Report on vaccination in Madras 1904-1921 - 1904-1921
Year: 1904
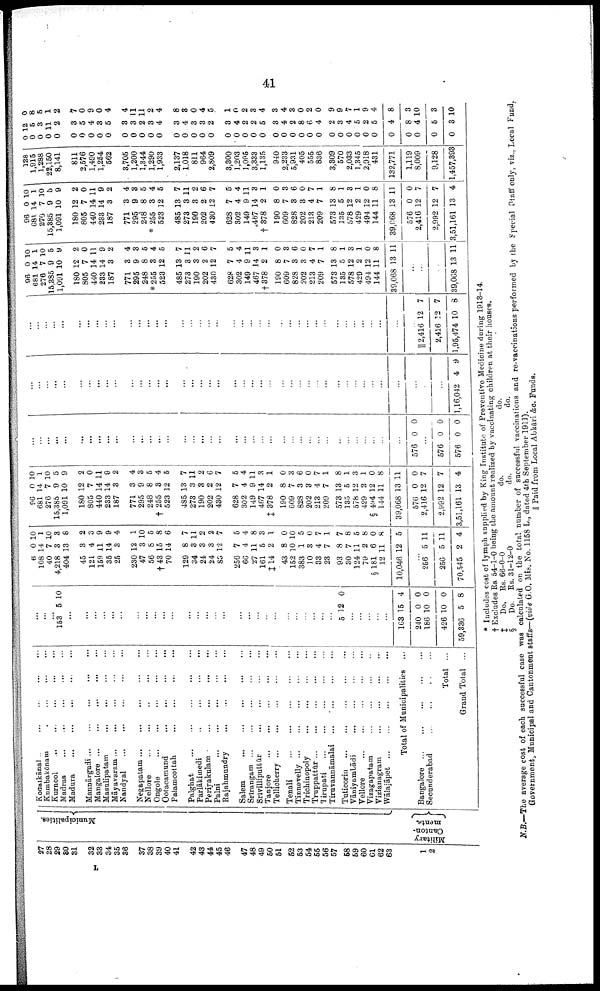
41
27
28
29
30
31
32
33
34
35
36
37
38
39
40
41
42
43
44
45
46
47
48
49
50
51
52
53
54
55
56
57
58
59
60
61
62
63
1
2
Municipalities.
Military
Canton
ments
Kodaikānal ... ... ... ... ...
Kumbakōnam ... ... ... ... ...
Kurnool
...
...
...
...
...
Madras
...
...
...
...
...
Madura
...
...
...
...
...
Mannārgudi
...
...
...
...
...
Mangalore
...
...
...
...
...
Masulipatam
...
...
...
...
...
Māyavaram... ... ... ... ...
Nandyal
...
...
...
...
...
Negapatam ... ... ... ... ...
Nellore
...
...
...
...
...
Ongole
...
...
...
...
...
Ootacamund
...
...
...
...
...
Palamcottah
...
...
...
...
...
Palghat
...
...
...
...
...
Parlākimedi
...
...
...
...
...
Periyakulam
...
...
...
...
...
Palni
...
...
...
...
...
Rajahmundry
...
...
...
...
...
Salem ... ... ... ... ...
Srirangam ... ... ... ... ...
Srivilliputtūr
...
...
...
...
...
Tanjore
...
...
...
...
...
Tellicherry
...
...
...
...
...
Tenali
...
...
...
...
...
Tinnevelly
...
...
...
...
...
Trichinopoly
...
...
...
...
...
Truppattūr
...
...
...
...
...
Tirupati
...
...
...
...
...
Tiruvannāmalai ... ... ... ... ...
Tuticorin
...
...
...
...
...
Vāniyambādi
...
...
...
...
...
Vellore
...
...
...
...
...
Vizagapatam
...
...
...
...
...
Vizianagram
...
...
...
...
...
Wālajāpet
...
...
...
...
...
Total of Municipalities
...
Bangalore
...
...
...
...
...
Secunderabad
...
...
...
...
...
Total ...
Grand Total ...
...
...
...
153 5 10
...
...
...
...
...
...
...
...
...
...
...
...
...
...
...
...
...
...
...
...
...
...
...
...
...
...
...
5 12 0
...
...
...
...
...
163
240
186
426
59,336
15
0
10
10
5
4
0
0
0
8
6
108
40
4,218
404
45
121
159
35
25
230
47
56
†43
70
129
34
24
24
83
256
66
27
161
‡ 14
43
152
383
10
33
23
93
30
124
79
§181
12
10,046
0
14
7
3
13
3
4
11
14
3
12
3
8
15
14
8
3
3
3
12
7
4
11
5
2
8
10
1
3
4
7
8
7
11
2
6
11
12
10
1
10
3
8
2
3
9
9
4
1
10
5
8
6
7
11
2
2
7
5
4
8
3
1
0
10
5
0
7
1
7
8
5
8
0
8
5
...
256
256
70,545
5
5
2
11
11
4
96
681
276
15,385
1,091
180
805
440
233
187
771
295
248
† 255
523
485
273
190
202
430
628
302
149
467
‡ 378
190
609
828
202
213
209
573
135
578
429
§ 494
144
39,068
576
2,416
2,992
3,51,161
0
14
7
9
10
12
7
14
14
3
3
9
8
3
12
13
3
3
2
12
7
4
9
14
2
8
7
3
3
4
7
13
5
12
2
12
11
13
0
12
12
13
10
1
10
5
9
2
0
11
9
2
4
3
5
4
5
7
11
2
6
7
5
4
11
3
1
0
3
6
0
7
1
8
1
3
1
0
8
11
0
7
7
4
...
...
...
...
...
...
...
...
...
...
...
...
...
...
...
...
...
...
...
...
...
...
...
...
...
...
...
...
...
...
...
...
...
...
...
...
...
...
576 0 0
...
576
576
0
0
0
0
...
...
...
...
...
...
...
...
...
...
...
...
...
...
...
...
...
...
...
...
...
...
...
...
...
...
...
...
...
...
...
...
...
...
...
...
...
...
...
...
...
1,16,042 4 9
...
...
...
...
...
...
...
...
...
...
...
...
...
...
...
...
...
...
...
...
...
...
...
...
...
...
...
...
...
...
...
...
...
...
...
...
...
...
...
|| 2,416
2,416
1,95,474
12
22
10
7
7
8
96
681
276
15,385
1,091
180
805
440
233
187
771
295
248
*255
523
485
273
190
202
430
628
302
149
467
†378
190
609
828
202
213
209
573
135
578
429
494
144
39,068
0
14
7 1
9
10
12
7
14
14
3
3
9
8
8
12
13
3
3
2
12
7
4
9
14
2
8
7
3
3
4
7
13
5
12
2
12
11
13
10
1
10 5
9
2
0
11
9
2
4
3
5
4
5
7
11
2
6
7
5
4
11
3
1
0
3
6
0
7
1
8
1
3
1
0
8
11
...
...
...
39,068 13 11
96
681
276
15,385
1,091
180
805
440
233
187
771
295
248
* 255
523
485
273
190
202
430
628
302
149
467
† 378
190
609
828
202
213
209
573
135
578
429
494
144
39,068
576
2,416
2,992
3,51,161
0
14
7
9
10
12
7
14
14
3
8
9
8
3
12
13
3
3
2
12
7
4
9
14
2
8
7
8
3
4
7
13
5
12
2
12
11
13
0
12
12
13
10
1
10
5
9
2
0
11
9
2
4
8
5
4
5
7
11
2
6
7
2
4
11
3
1
0
3
6
0
7
1
8
1
3
1
0
8
11
0
7
7
4
128
1,915
1,288
22,150
8,141
811
2,576
1,490
1,254
562
3,705
1,200
1,344
1,290
1,933
2,137
1,018
811
964
2,809
3,300
1,203
1,095
3,333
1,135
940
2,233
5,931
405
555
836
3,309
570
2,033
1,345
2,918
431
132,771
1,119
8,009
9,128
1,457,893
0
0
0
0
0
0
0
0
0
0
0
0
0
0
0
0
0
0
0
0
0
0
0
0
0
0
0
0
0
0
0
0
0
0
0
0
0
0
0
0
0
0
12
5
3
11
2
3
5
4
3
5
3
3
2
3
4
3
4
3
3
2
3
4
2
2
5
3
4
2
8
6
4
2
3
4
5
2
5
4
8
4
5
3
0
8
5
1
2
7
0
9
0
4
4
11
11
2
4
8
3
0
4
5
1
0
2
3
4
3
4
3
0
2
0
9
9
7
1
9
4
8
3
10
3
10
* Includes cost of lymph supplied by King Institute of Preventive Medicine during 1913-14.
† Excludes Rs. 54-1-0 being the amount realized by vaccinating children at their houses.
‡ Do. Rs. 66-0-0
do.
do.
§
Do. Rs. 31-12-0
do.
do.
N.B.—The average cost of each successful case was calculated on the total number of successful vaccinations and re-vaccinations performed by the Special Staff only, viz., Local Fund,
Government, Municipal and Cantonment staffs— (vide G.O. Mis. No. 1158 L., dated 4th September 1911).
|| Paid from Local Abkāri &c. Funds.
L